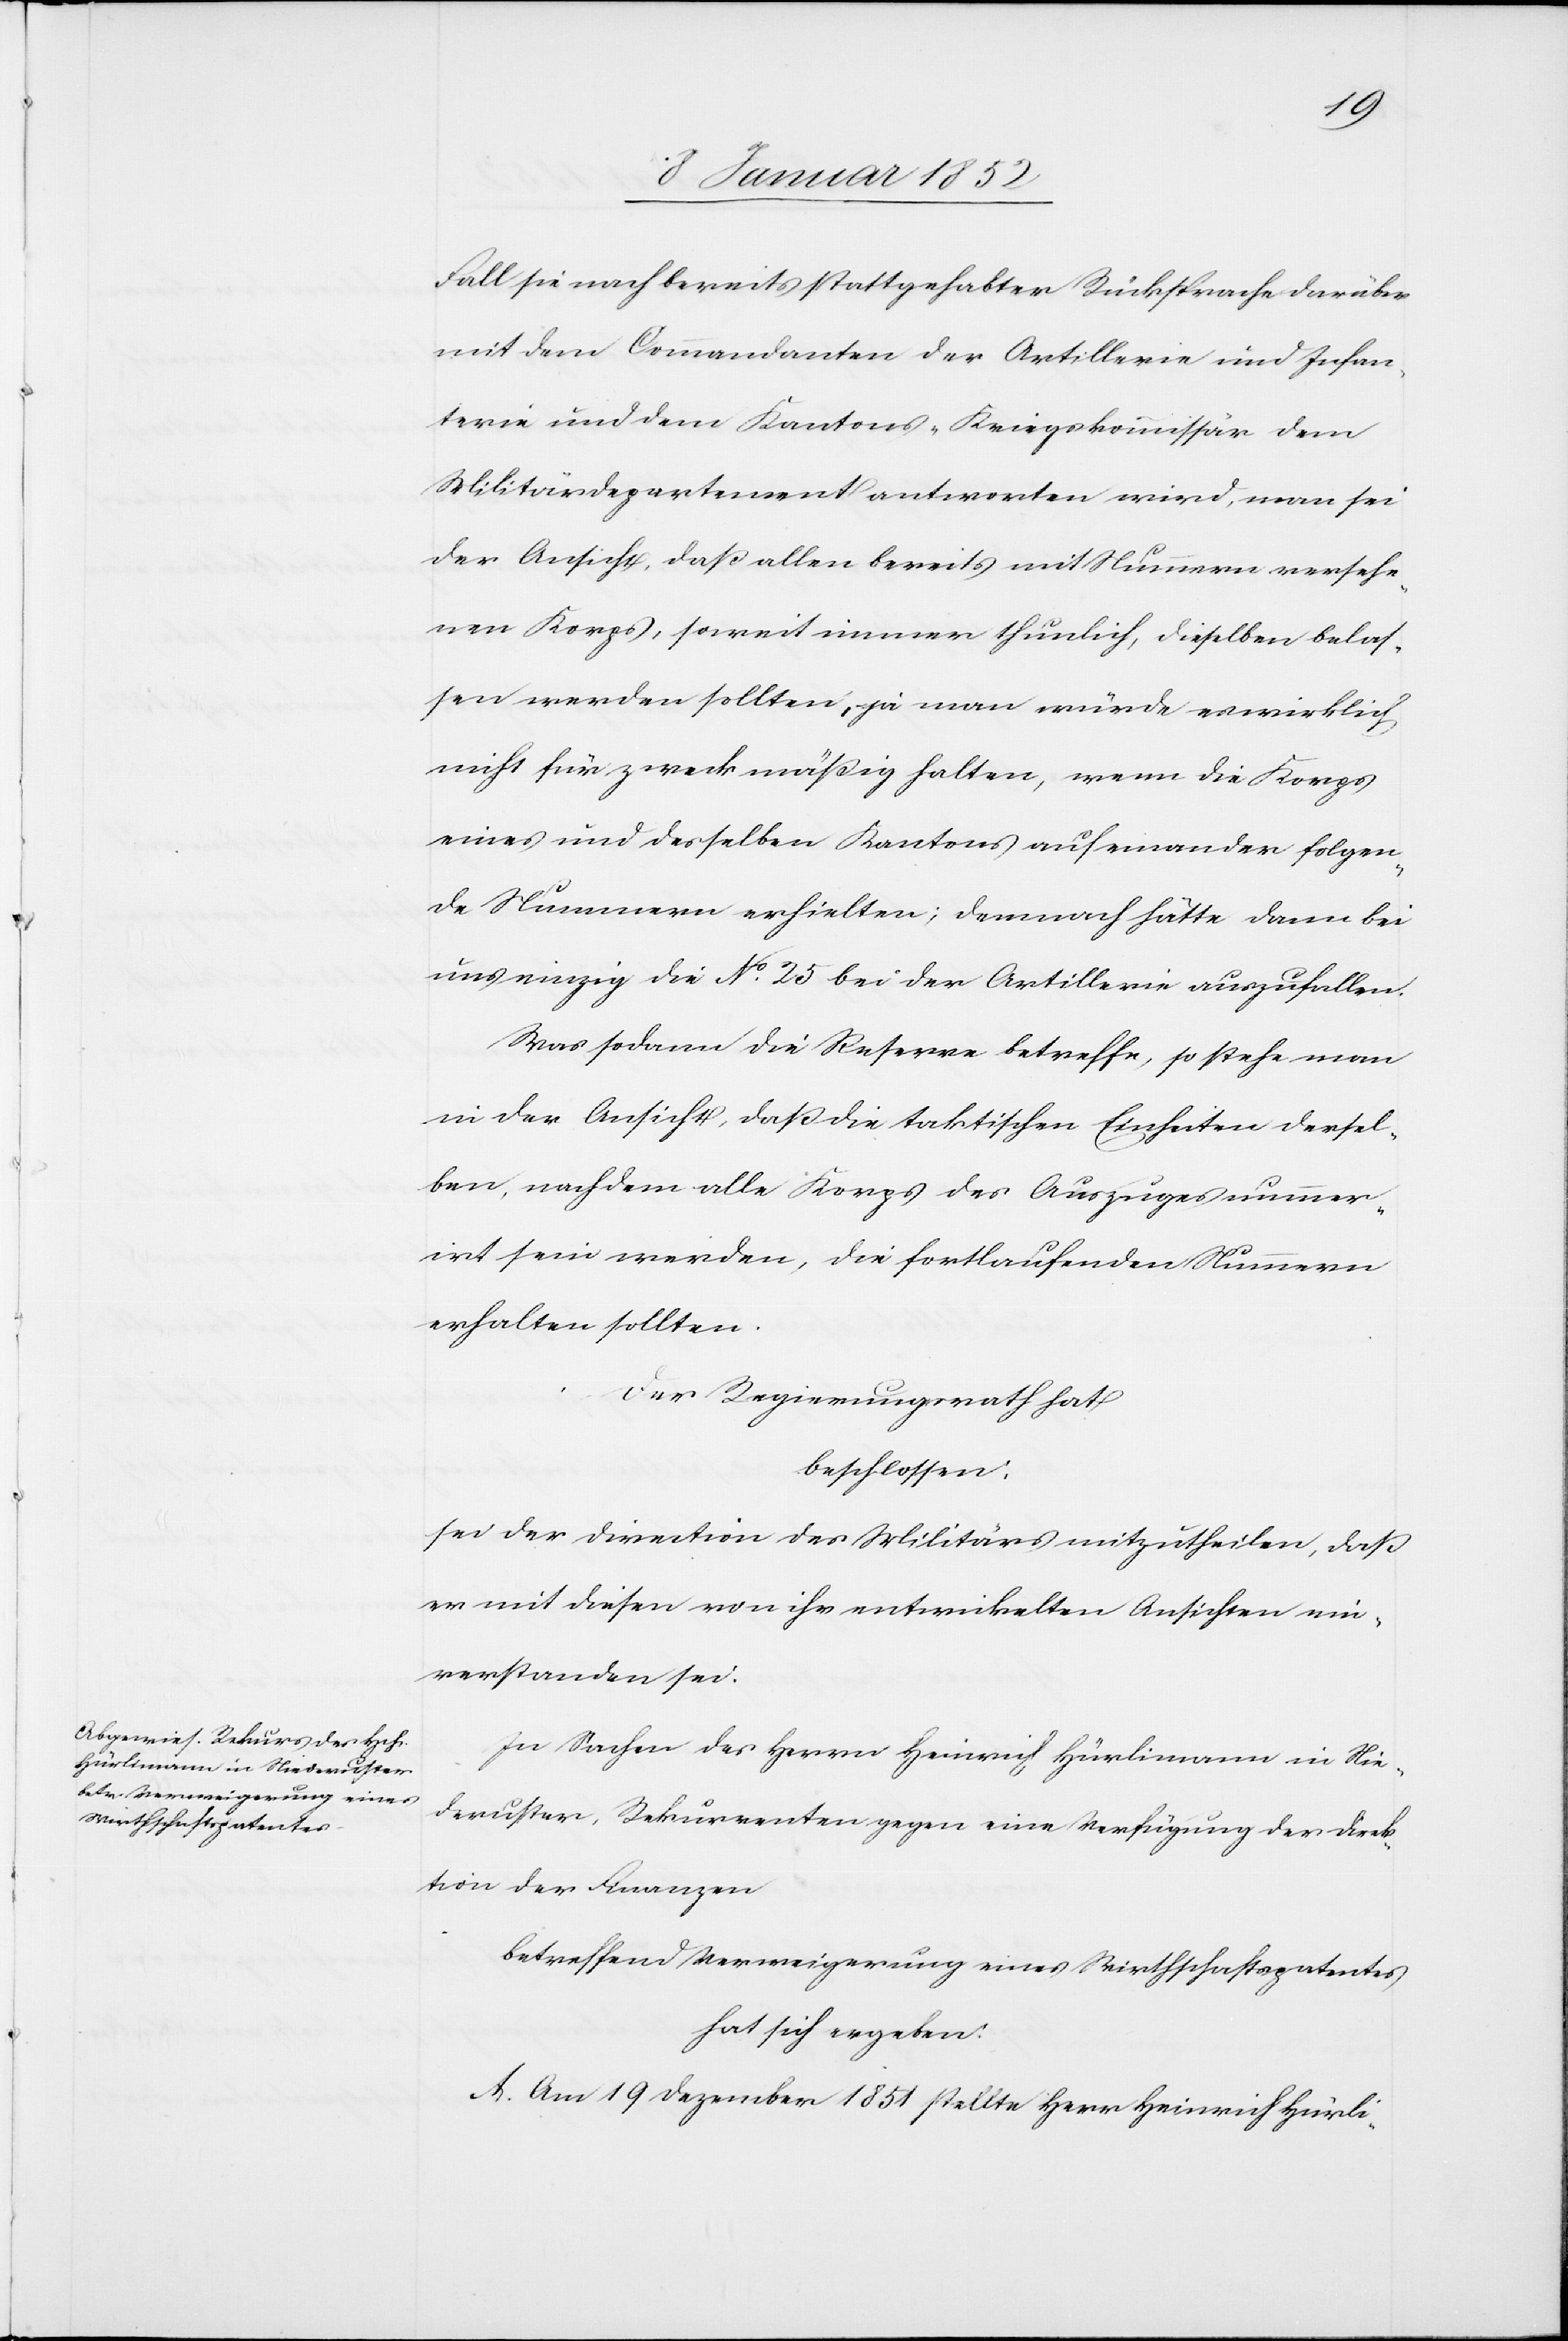
Fall sie nach bereits stattgehabter Rücksprache darüber
mit dem Commandanten der Artillerie und Infan¬
terie und dem Kantons-Kriegskommissär dem
Militärdepartement antworten wird, man sei
der Ansicht, daß allen bereits mit Nummern versehe¬
nen Korps, soweit immer thunlich, dieselben belas¬
sen werden sollten, ja man würde es wirklich
nicht für zweckmäßig halten, wenn die Korps
eines und derselben Kantons aufeinander folgen¬
de Nummern erhielten; dennoch hätte dann bei
uns einzig die No. 25 bei der Artillerie auszufallen.
Was sodann die Reserve betreffe, so stehe man
in der Ansicht, daß die taktischen Einheiten dersel¬
ben, nachdem alle Korps des Auszuges nummer¬
irt sein werden, die fortlaufenden Nummern
erhalten sollten.
Der Regierungsrath hat
beschlossen:
sei der Direction des Militärs mitzutheilen, daß
er mit diesen von ihr entwikelten Ansichten ein¬
verstanden sei.
In Sachen des Herrn Heinrich Hürlimann in Nie¬
deruster, Rekurrenten gegen eine Verfügung der Direk¬
tion der Finanzen
betreffend Verweigerung eines Wirthschaftspatentes
hat sich ergeben:
A. Am 19 Dezember 1851 stellte Herr Heinrich Hürli-